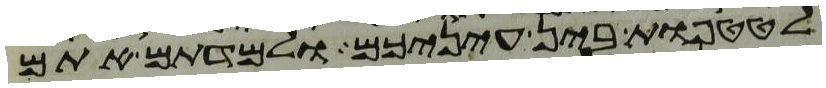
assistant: לטטפות בין עיניכם ולמדתם אתם